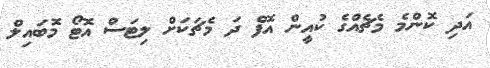
އަދި ކޮންމެ މެޗެއްގެ ކުއީން އޮފް ދަ މެޗަކަށް ލިޓަސް އޮޓޯ މޮބައިލް